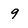
Character: 9